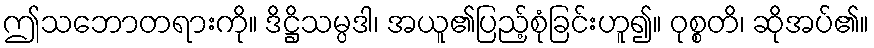
ဤသဘောတရားကို။ ဒိဋ္ဌိသမ္ပဒါ၊ အယူ၏ပြည့်စုံခြင်းဟူ၍။ ဝုစ္စတိ၊ ဆိုအပ်၏။